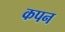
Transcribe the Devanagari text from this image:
कपन